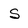
Character: S